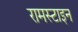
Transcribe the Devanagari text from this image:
रामस्टाइन